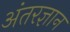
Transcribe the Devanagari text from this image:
अंतरज्ञान